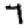
Digit: 7